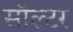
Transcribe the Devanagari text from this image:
सॉल्टर